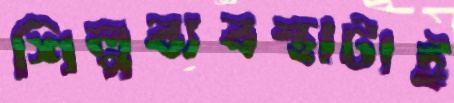
শিল্পব্যবস্থাটাই